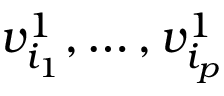
v _ { i _ { 1 } } ^ { 1 } , \ldots , v _ { i _ { p } } ^ { 1 }